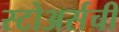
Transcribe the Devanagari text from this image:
स्टोअर्सची